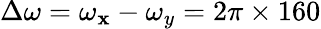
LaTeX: \Delta\omega=\omega_{\mathbf{x}}-\omega_{y}=2\pi\times160